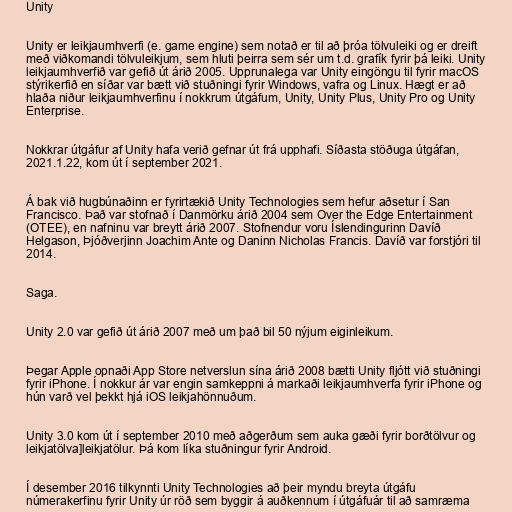
Unity

Unity er leikjaumhverfi (e. game engine) sem notað er til að þróa tölvuleiki og er dreift
með viðkomandi tölvuleikjum, sem hluti þeirra sem sér um t.d. grafík fyrir þá leiki. Unity
leikjaumhverfið var gefið út árið 2005. Upprunalega var Unity eingöngu til fyrir macOS
stýrikerfið en síðar var bætt við stuðningi fyrir Windows, vafra og Linux. Hægt er að
hlaða niður leikjaumhverfinu í nokkrum útgáfum, Unity, Unity Plus, Unity Pro og Unity
Enterprise.

Nokkrar útgáfur af Unity hafa verið gefnar út frá upphafi. Síðasta stöðuga útgáfan,
2021.1.22, kom út í september 2021.

Á bak við hugbúnaðinn er fyrirtækið Unity Technologies sem hefur aðsetur í San
Francisco. Það var stofnað í Danmörku árið 2004 sem Over the Edge Entertainment
(OTEE), en nafninu var breytt árið 2007. Stofnendur voru Íslendingurinn Davíð
Helgason, Þjóðverjinn Joachim Ante og Daninn Nicholas Francis. Davíð var forstjóri til
2014.

Saga.

Unity 2.0 var gefið út árið 2007 með um það bil 50 nýjum eiginleikum.

Þegar Apple opnaði App Store netverslun sína árið 2008 bætti Unity fljótt við stuðningi
fyrir iPhone. Í nokkur ár var engin samkeppni á markaði leikjaumhverfa fyrir iPhone og
hún varð vel þekkt hjá iOS leikjahönnuðum.

Unity 3.0 kom út í september 2010 með aðgerðum sem auka gæði fyrir borðtölvur og
leikjatölva]leikjatölur. Þá kom líka stuðningur fyrir Android.

Í desember 2016 tilkynnti Unity Technologies að þeir myndu breyta útgáfu
númerakerfinu fyrir Unity úr röð sem byggir á auðkennum í útgáfuár til að samræma